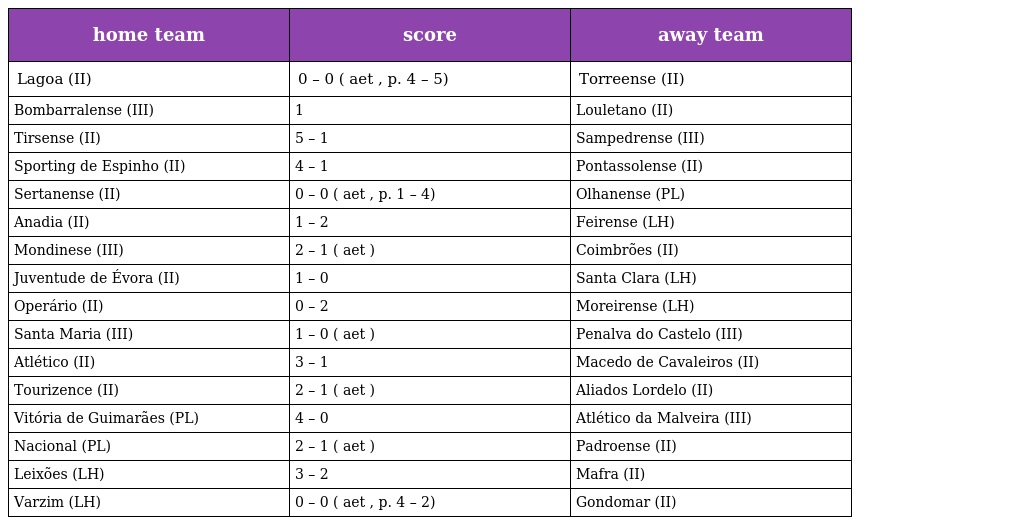
| home team | score | away team |
 | --- | --- | --- |
 | Lagoa (II) | 0 – 0 ( aet , p. 4 – 5) | Torreense (II) |
 | Bombarralense (III) | 1 | Louletano (II) |
 | Tirsense (II) | 5 – 1 | Sampedrense (III) |
 | Sporting de Espinho (II) | 4 – 1 | Pontassolense (II) |
 | Sertanense (II) | 0 – 0 ( aet , p. 1 – 4) | Olhanense (PL) |
 | Anadia (II) | 1 – 2 | Feirense (LH) |
 | Mondinese (III) | 2 – 1 ( aet ) | Coimbrões (II) |
 | Juventude de Évora (II) | 1 – 0 | Santa Clara (LH) |
 | Operário (II) | 0 – 2 | Moreirense (LH) |
 | Santa Maria (III) | 1 – 0 ( aet ) | Penalva do Castelo (III) |
 | Atlético (II) | 3 – 1 | Macedo de Cavaleiros (II) |
 | Tourizence (II) | 2 – 1 ( aet ) | Aliados Lordelo (II) |
 | Vitória de Guimarães (PL) | 4 – 0 | Atlético da Malveira (III) |
 | Nacional (PL) | 2 – 1 ( aet ) | Padroense (II) |
 | Leixões (LH) | 3 – 2 | Mafra (II) |
 | Varzim (LH) | 0 – 0 ( aet , p. 4 – 2) | Gondomar (II) |